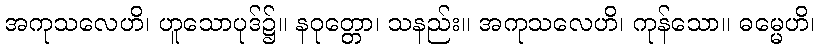
အကုသလေဟိ၊ ဟူသောပုဒ်၌။ နဝုတ္တော၊ သနည်း။ အကုသလေဟိ၊ ကုန်သော။ ဓမ္မေဟိ၊